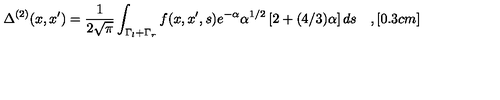
\Delta ^ { ( 2 ) } ( x , x ^ { \prime } ) = \frac { 1 } { 2 \sqrt { \pi } } \int _ { \Gamma _ { l } + \Gamma _ { r } } f ( x , x ^ { \prime } , s ) e ^ { - \alpha } \alpha ^ { 1 / 2 } \left[ 2 + ( 4 / 3 ) \alpha \right] d s \quad , [ 0 . 3 c m ]